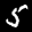
Label: 5